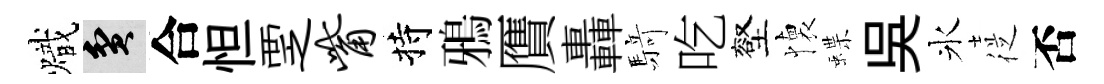
熾貧合怛覂觜持鴉贋轟𮪍吃壑懐蝶吳氷従否